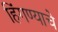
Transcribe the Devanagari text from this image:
हिंगण्याचे